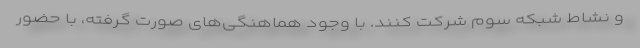
و نشاط شبکه سوم شرکت کنند. با وجود هماهنگی‌های صورت گرفته، با حضور